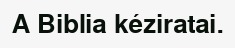
A Biblia kéziratai.